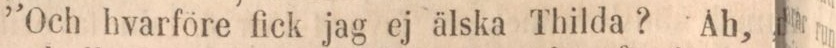
”Och hvarföre fick jag ej älska Thilda? Ah,